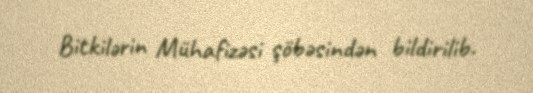
Bitkilərin Mühafizəsi şöbəsindən bildirilib.